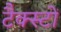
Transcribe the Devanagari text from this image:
टैक्स्टों